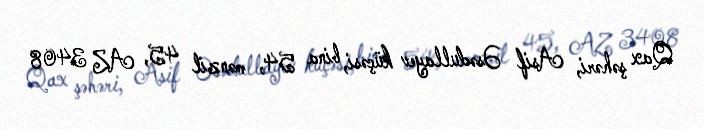
Qax şəhəri, Asif Əsədullayev küçəsi, bina 54, mənzil 45, AZ 3408